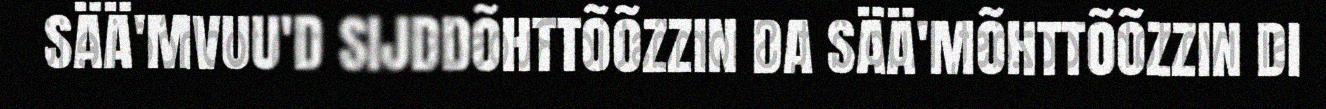
SÄÄ'MVUU'D SIJDDÕHTTÕÕZZIN DA SÄÄ'MÕHTTÕÕZZIN DI